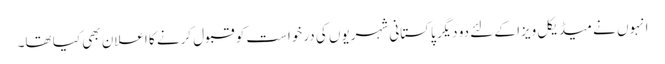
انہوں نے میڈیکل ویزا کے لئے دو دیگر پاکستانی شہریوں کی درخواست کو قبول کرنے کا اعلان بھی کیا تھا۔